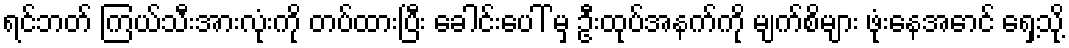
ရင်ဘတ် ကြယ်သီးအားလုံးကို တပ်ထားပြီး ခေါင်းပေါ် မှ ဦးထုပ်အနက်ကို မျက်စိများ ဖုံးနေအောင် ရှေ့သို့